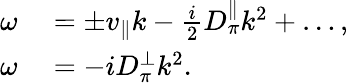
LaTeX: \begin{array}{rl}{\omega}&{{}=\pm v_{\| }k-\frac{i}{2}D_{\pi}^{\| }k^{2}+\ldots,}\\ {\omega}&{{}=-iD_{\pi}^{\perp}k^{2}.}\end{array}